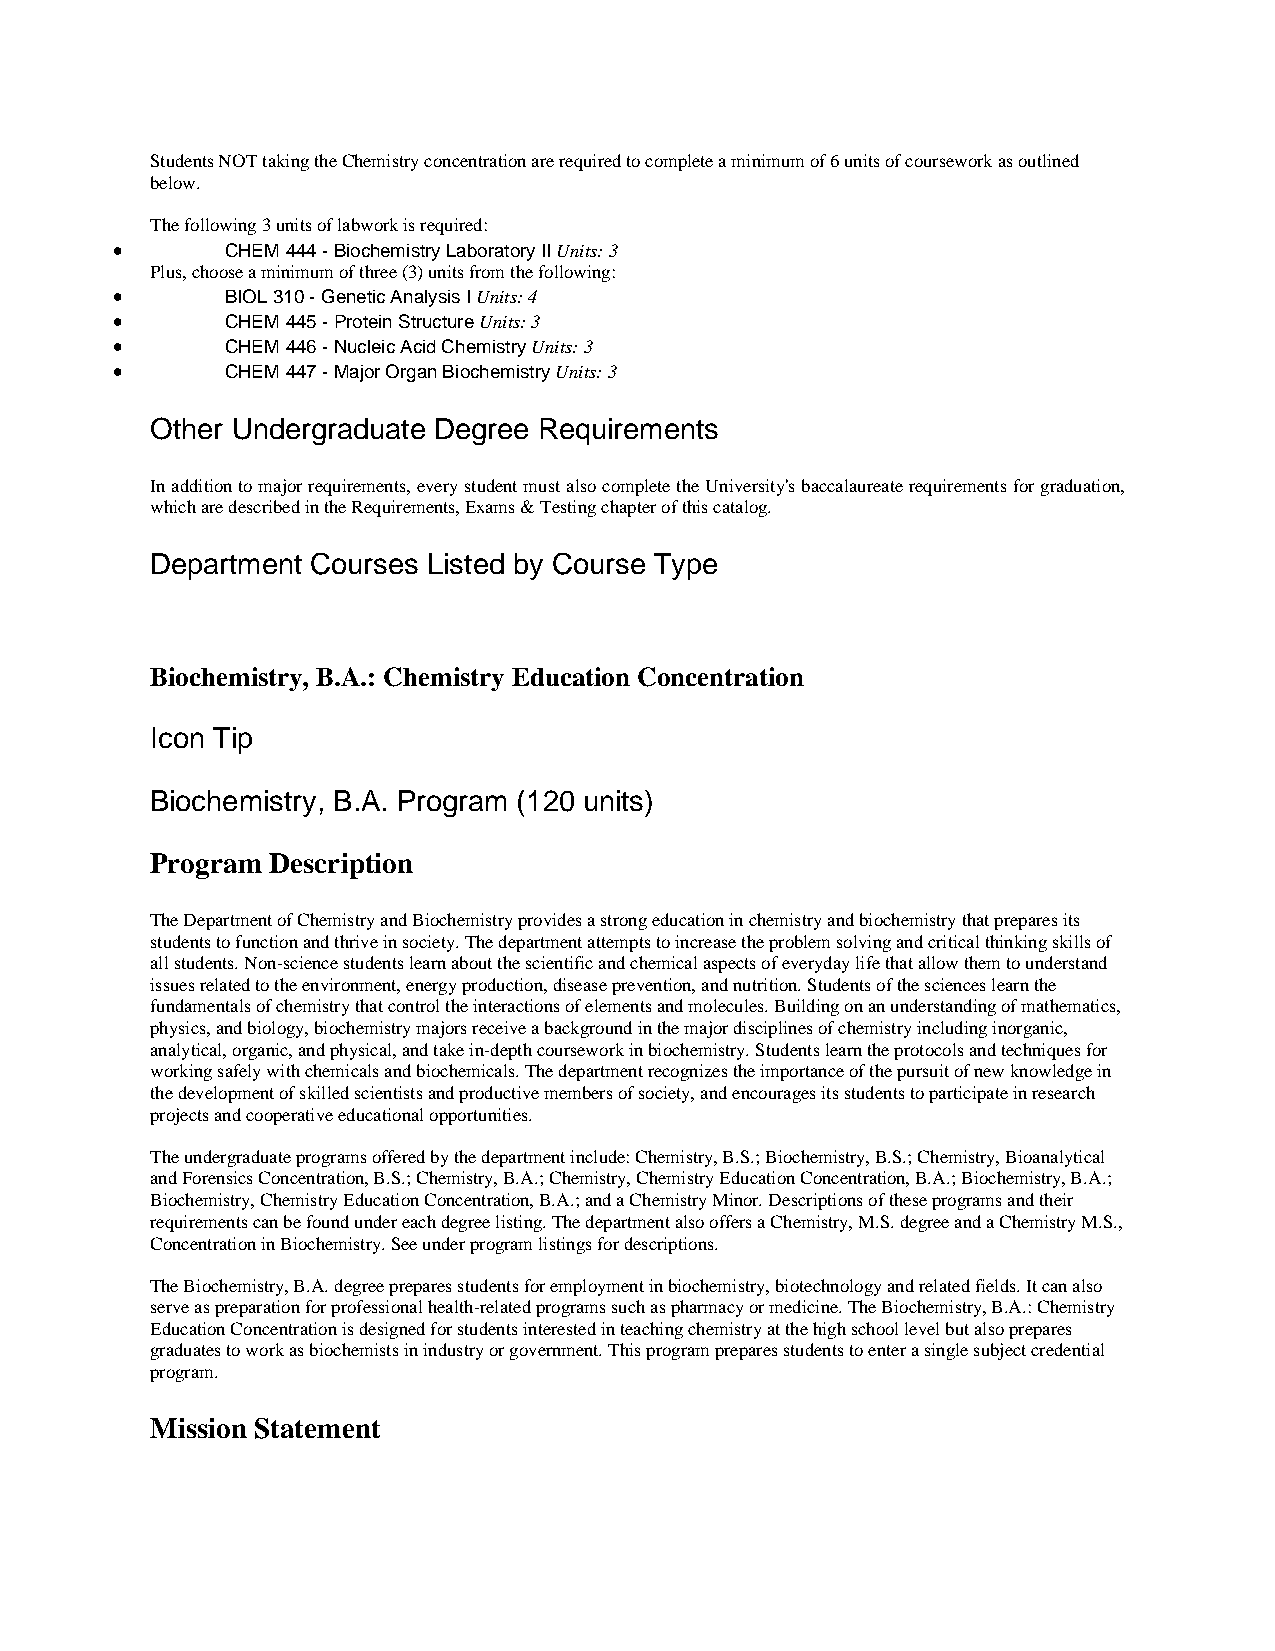
Students NOT taking the Chemistry concentration are required to complete a minimum of 6 units of coursework as outlined
 below.
 The following 3 units of labwork is required:
 •       CHEM 444 - Biochemistry Laboratory II Units: 3
 Plus, choose a minimum of three (3) units from the following:
 •       BIOL 310 - Genetic Analysis I Units: 4
 •       CHEM 445 - Protein Structure Units: 3
 •       CHEM 446 - Nucleic Acid Chemistry Units: 3
 •       CHEM 447 - Major Organ Biochemistry Units: 3
 Other Undergraduate Degree Requirements
 In addition to major requirements, every student must also complete the University's baccalaureate requirements for graduation,
 which are described in the Requirements, Exams & Testing chapter of this catalog.
 Department Courses Listed by Course Type
 Biochemistry, B.A.: Chemistry Education Concentration
 Icon Tip
 Biochemistry, B.A. Program (120 units)
 Program Description
 The Department of Chemistry and Biochemistry provides a strong education in chemistry and biochemistry that prepares its
 students to function and thrive in society. The department attempts to increase the problem solving and critical thinking skills of
 all students. Non-science students learn about the scientific and chemical aspects of everyday life that allow them to understand
 issues related to the environment, energy production, disease prevention, and nutrition. Students of the sciences learn the
 fundamentals of chemistry that control the interactions of elements and molecules. Building on an understanding of mathematics,
 physics, and biology, biochemistry majors receive a background in the major disciplines of chemistry including inorganic,
 analytical, organic, and physical, and take in-depth coursework in biochemistry. Students learn the protocols and techniques for
 working safely with chemicals and biochemicals. The department recognizes the importance of the pursuit of new knowledge in
 the development of skilled scientists and productive members of society, and encourages its students to participate in research
 projects and cooperative educational opportunities.
 The undergraduate programs offered by the department include: Chemistry, B.S.; Biochemistry, B.S.; Chemistry, Bioanalytical
 and Forensics Concentration, B.S.; Chemistry, B.A.; Chemistry, Chemistry Education Concentration, B.A.; Biochemistry, B.A.;
 Biochemistry, Chemistry Education Concentration, B.A.; and a Chemistry Minor. Descriptions of these programs and their
 requirements can be found under each degree listing. The department also offers a Chemistry, M.S. degree and a Chemistry M.S.,
 Concentration in Biochemistry. See under program listings for descriptions.
 The Biochemistry, B.A. degree prepares students for employment in biochemistry, biotechnology and related fields. It can also
 serve as preparation for professional health-related programs such as pharmacy or medicine. The Biochemistry, B.A.: Chemistry
 Education Concentration is designed for students interested in teaching chemistry at the high school level but also prepares
 graduates to work as biochemists in industry or government. This program prepares students to enter a single subject credential
 program.
 Mission Statement